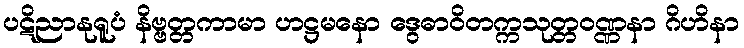
ပဋိညာနုရူပံ နိဗ္ဗတ္တကာမာ ဟဋ္ဌမနော ဒွေဓာဝိတက္ကသုတ္တဝဏ္ဏနာ ဂိဟိနာ